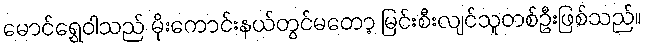
မောင်ရွှေဝါသည် မိုးကောင်းနယ်တွင်မတော့ မြင်းစီးလျင်သူတစ်ဦးဖြစ်သည်။